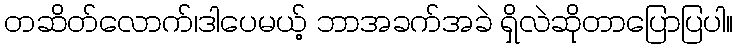
တဆိတ်လောက်၊ဒါပေမယ့် ဘာအခက်အခဲ ရှိလဲဆိုတာပြောပြပါ။